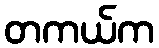
တကယ်က